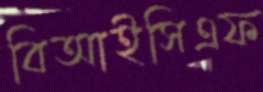
বিআইসিএফ